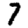
Digit: 7